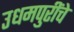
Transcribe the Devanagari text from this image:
उधमपुरींचे